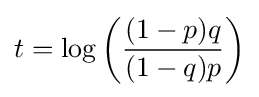
t=\log \left({\frac {(1-p)q}{(1-q)p}}\right)